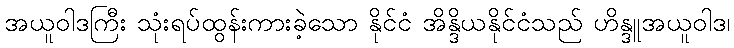
အယူဝါဒကြီး သုံးရပ်ထွန်းကားခဲ့သော နိုင်ငံ အိန္ဒိယနိုင်ငံသည် ဟိန္ဒူအယူဝါဒ၊